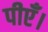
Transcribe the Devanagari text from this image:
पीएँ।